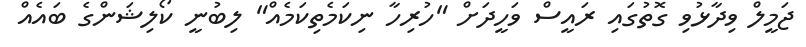
ޖަމީލް ވިދާޅުވި ގޮތުގައި ރައީސް ވަހީދަށް "ހުރިހާ ނިކަމެތިކަމެއް" ލިބުނީ ކޯލިޝަންގެ ބައެއް